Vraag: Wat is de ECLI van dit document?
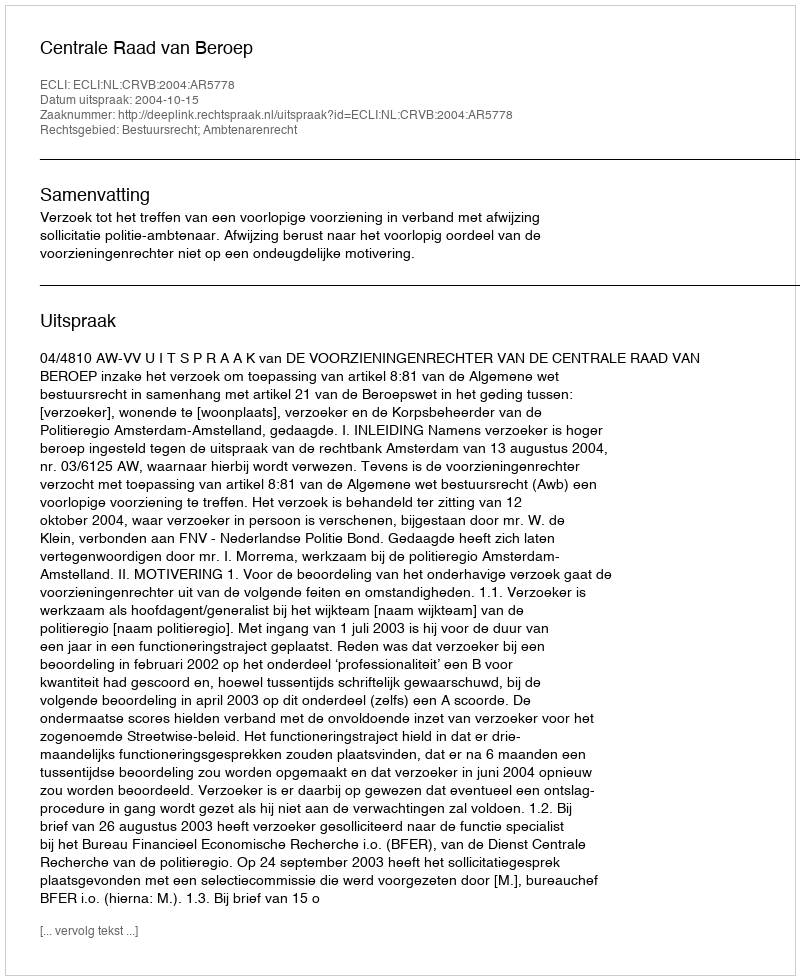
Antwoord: ECLI:NL:CRVB:2004:AR5778